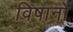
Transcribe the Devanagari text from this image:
विषानों